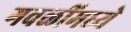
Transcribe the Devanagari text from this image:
गवळींमध्ये